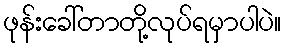
ဖုန်းခေါ်တာတို့လုပ်ရမှာပါပဲ။